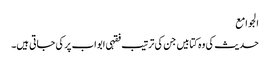
الجوامع
حدیث کی وہ کتابیں جن کی ترتیب فقہی ابواب پر کی جاتی ہیں۔